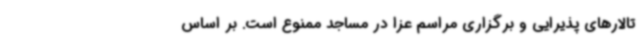
تالارهای پذیرایی و برگزاری مراسم عزا در مساجد ممنوع است. بر اساس